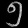
Digit: ၅